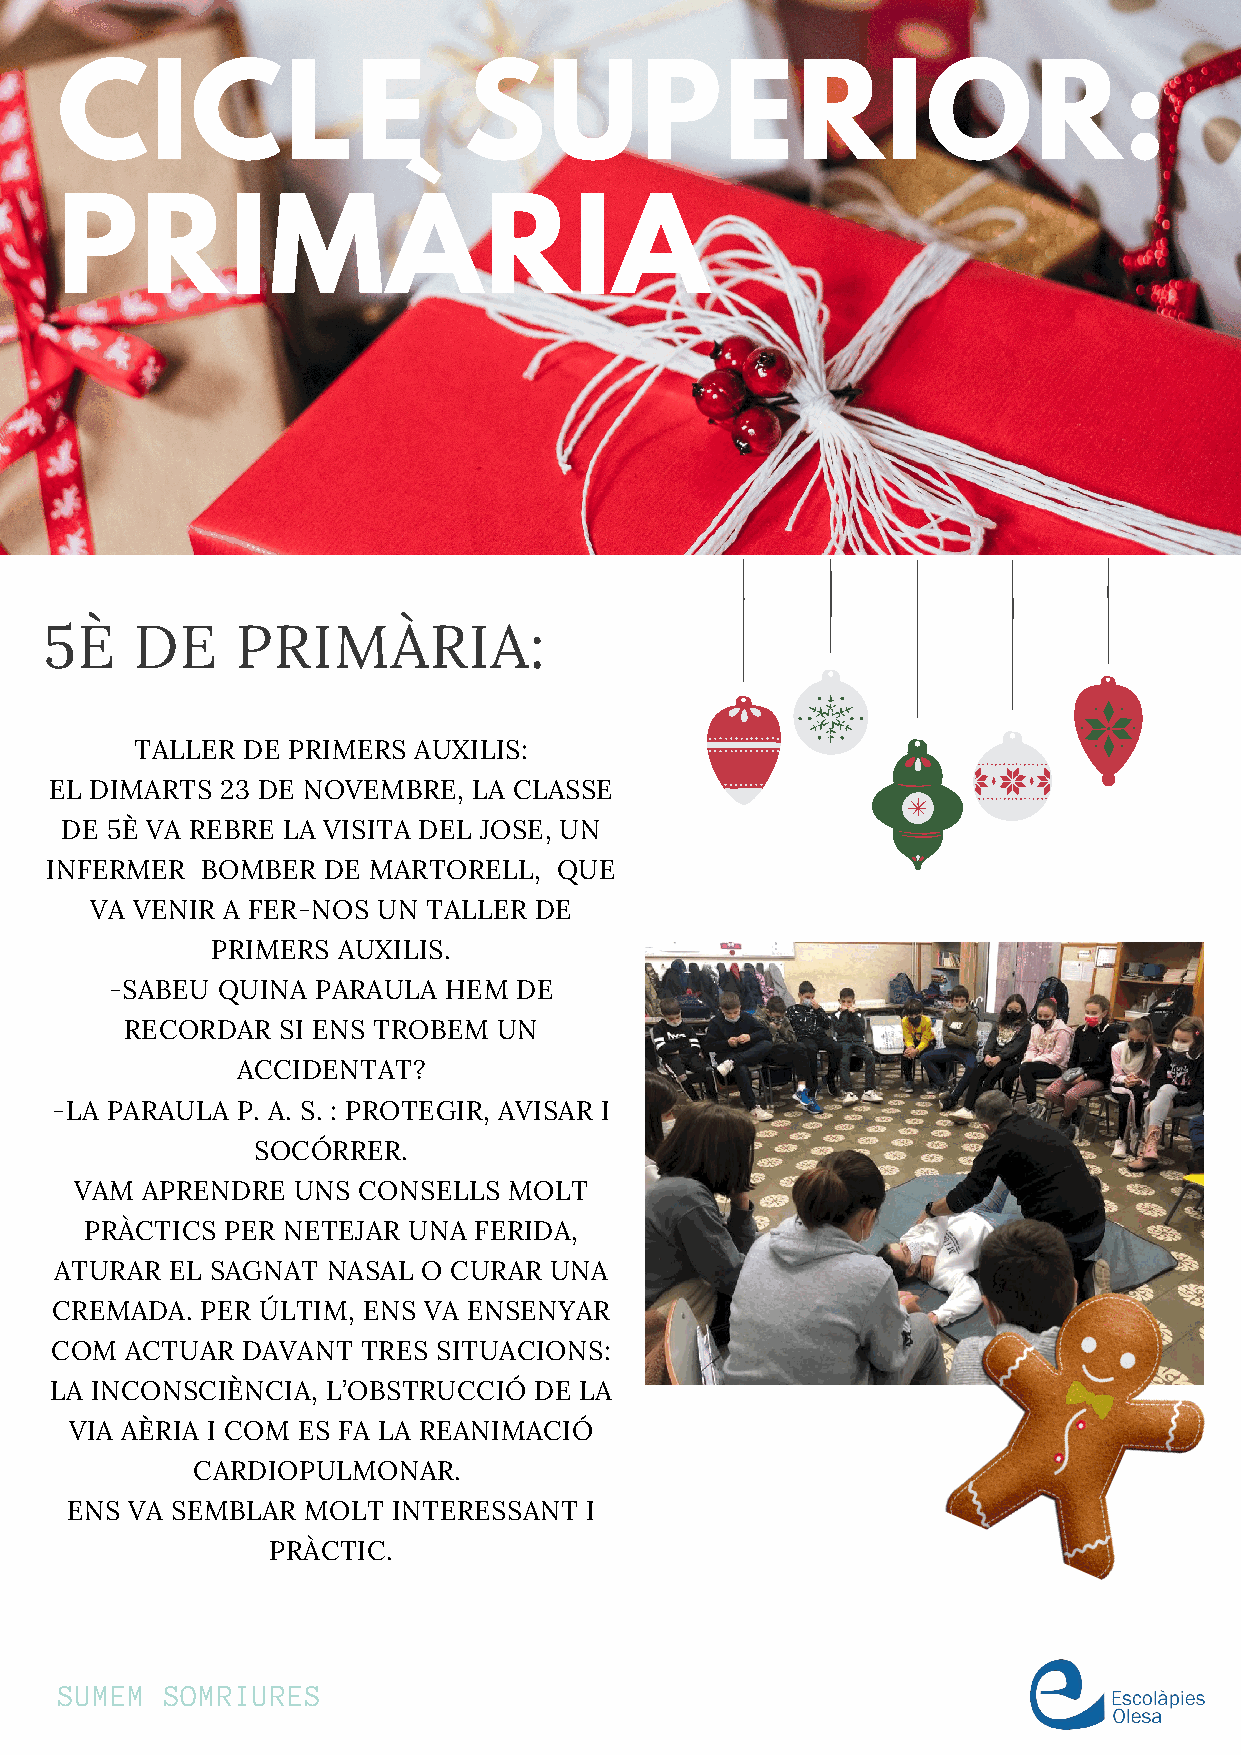
CICLE                      SUPERIOR:
 PRIMÀRIA
 5È    DE     PRIMÀRIA:
 TALLER DE PRIMERS AUXILIS:
 EL DIMARTS  23 DE NOVEMBRE, LA CLASSE
 DE 5È VA REBRE LA VISITA DEL JOSE, UN
 INFERMER  BOMBER  DE MARTORELL,   QUE
 VA VENIR A FER-NOS UN TALLER DE
 PRIMERS AUXILIS.
 -SABEU QUINA  PARAULA HEM  DE
 RECORDAR  SI ENS TROBEM  UN
 ACCIDENTAT?
 -LA PARAULA  P. A. S. : PROTEGIR, AVISAR I
 SOCÓRRER.
 VAM APRENDRE  UNS  CONSELLS  MOLT
 PRÀCTICS PER NETEJAR UNA FERIDA,
 ATURAR EL SAGNAT  NASAL O CURAR UNA
 CREMADA.  PER ÚLTIM, ENS VA ENSENYAR
 COM  ACTUAR  DAVANT  TRES SITUACIONS:
 LA INCONSCIÈNCIA,  L’OBSTRUCCIÓ DE LA
 VIA AÈRIA I COM ES FA LA REANIMACIÓ
 CARDIOPULMONAR.
 ENS VA SEMBLAR  MOLT  INTERESSANT  I
 PRÀCTIC.
 SUMEM  SOMRIURES